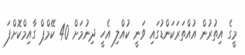
މީގެ އިތުރުން އުއްތަރަކަންޑުގައި ވަނީ ކުއްލި އެހީ ދިނުމަށް 40 ކޭމްޕް ގާއިމްކޮށްފަ